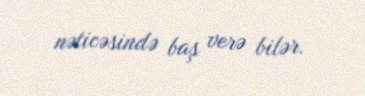
nəticəsində baş verə bilər.